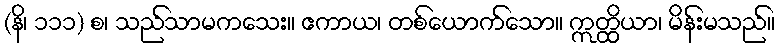
(နိ၊ ၁၁၁) စ၊ သည်သာမကသေး။ ဧကာယ၊ တစ်ယောက်သော။ ဣတ္ထိယာ၊ မိန်းမသည်။